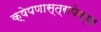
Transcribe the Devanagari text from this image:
क्षेपणास्त्रापेक्षा